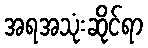
အရအသုံးဆိုင်ရာ